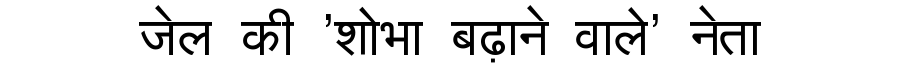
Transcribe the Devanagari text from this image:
जेल की 'शोभा बढ़ाने वाले' नेता